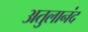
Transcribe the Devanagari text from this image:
अतुलानंद